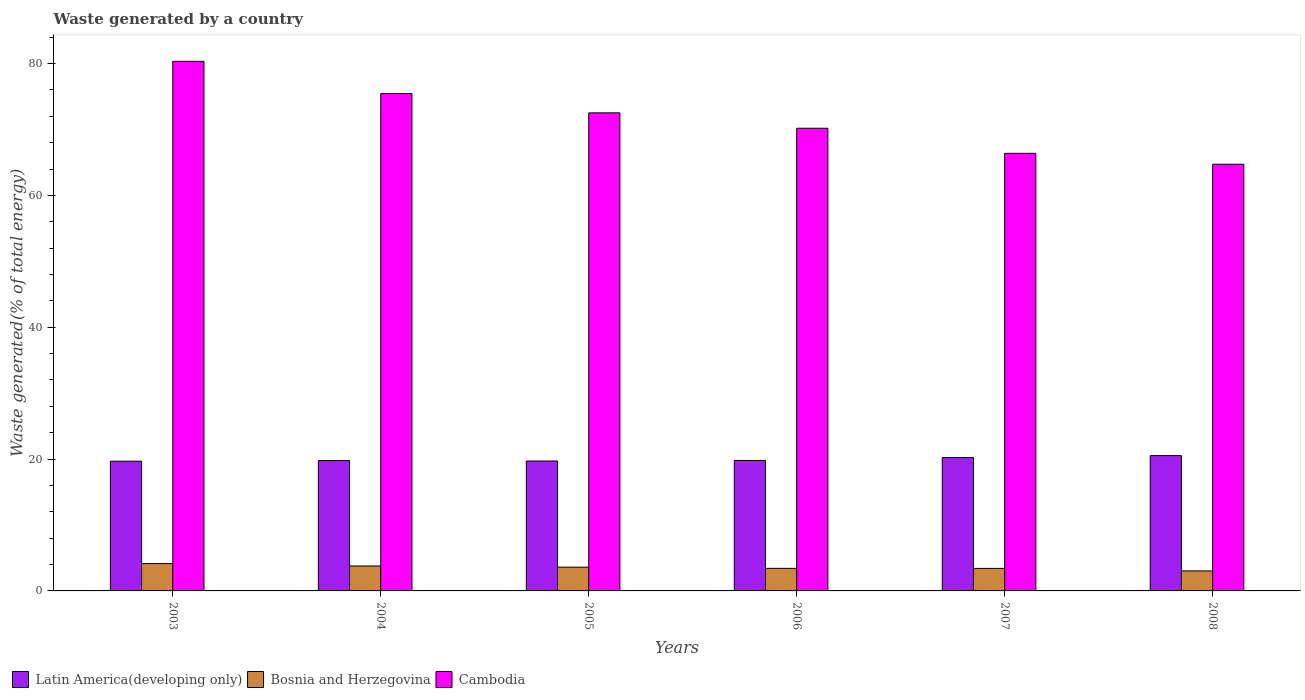
| Years | Latin America(developing only) | Bosnia and Herzegovina | Cambodia |
 | --- | --- | --- | --- |
 | 2003 | 19.7 | 4.15 | 80.3 |
 | 2004 | 19.8 | 3.79 | 75.5 |
 | 2005 | 19.7 | 3.61 | 72.5 |
 | 2006 | 19.8 | 3.42 | 70.2 |
 | 2007 | 20.2 | 3.42 | 66.4 |
 | 2008 | 20.5 | 3.04 | 64.7 |